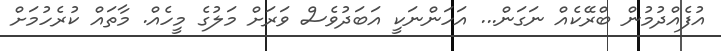
އުފެއްދުމުން ބްރޭކެއް ނަގަން... އަހަންނަކީ އަބަދުވެސް ވަރަށް މަލުގެ މީހެއް. މާތައް ކުރެހުމަށް